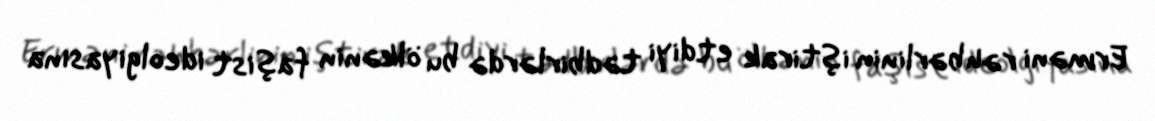
Erməni rəhbərlinin iştirak etdiyi tədbirlərdə bu ölkənin faşist ideolgiyasına